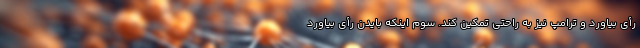
رأی بیاورد و ترامپ نیز به راحتی تمکین کند. سوم اینکه بایدن رأی بیاورد